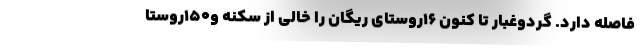
فاصله دارد. گردوغبار تا کنون ۱۶روستای ریگان را خالی از سکنه و۱۵۰روستا